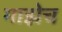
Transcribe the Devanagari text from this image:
माझेच